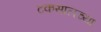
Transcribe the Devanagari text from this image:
टकसालच्या